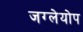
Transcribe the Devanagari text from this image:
जग्लेयोप